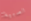
الصبية